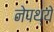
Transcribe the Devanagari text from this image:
नेपथ्ये